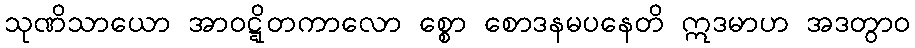
သုဏိသာယော အာဝဋ္ဋိတကာလော စ္စော စောဒနမပနေတိ ဣဒမာဟ အဒတွာဝ